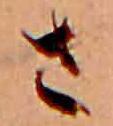
さ